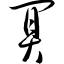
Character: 阒